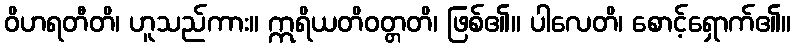
ဝိဟရတီတိ၊ ဟူသည်ကား။ ဣရိယတိဝတ္တတိ၊ ဖြစ်၏။ ပါလေတိ၊ စောင့်ရှောက်၏။